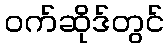
ဝက်ဆိုဒ်တွင်